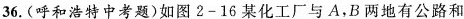
36.(呼和浩特中考题)如图2-16某化工厂与A，B两地有公路和